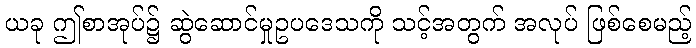
ယခု ဤစာအုပ်၌ ဆွဲဆောင်မှုဥပဒေသကို သင့်အတွက် အလုပ် ဖြစ်စေမည့်